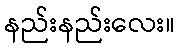
နည်းနည်းလေး။